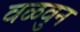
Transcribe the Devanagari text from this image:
वळवुन